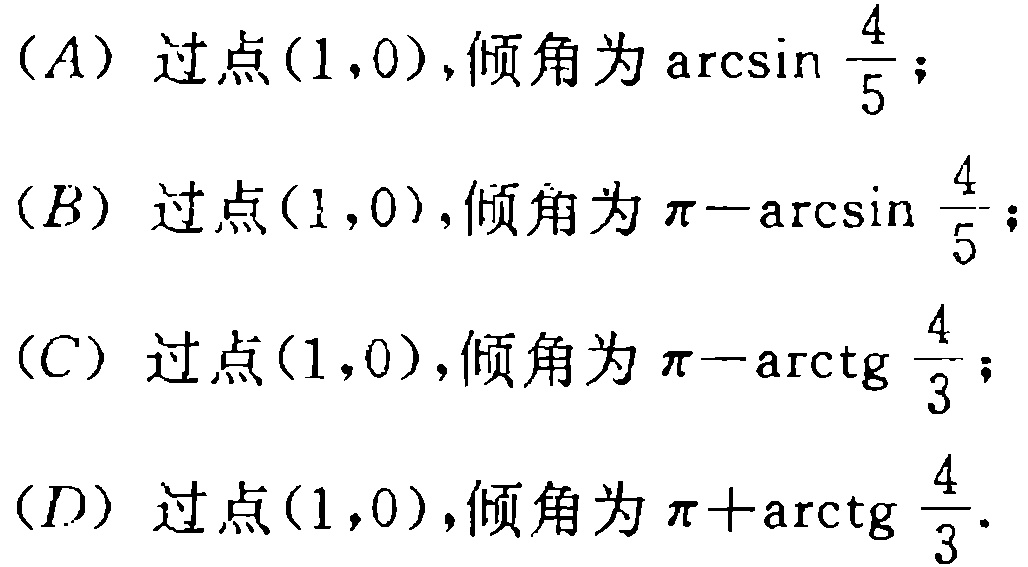
(A) 过点$(1,0)$,倾角为$\arcsin\frac{4}{5}$;
(B) 过点$(1,0)$,倾角为$\pi - \arcsin\frac{4}{5}$;
(C) 过点$(1,0)$,倾角为$\pi - \arctg\frac{4}{3}$;
(D) 过点$(1,0)$,倾角为$\pi + \arctg\frac{4}{3}$.